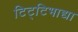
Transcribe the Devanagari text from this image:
टिट्‌टिभाद्या